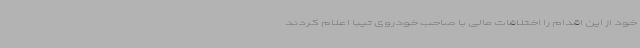
خود از این اقدام را اختلافات مالی با صاحب خودروی تیبا اعلام کردند